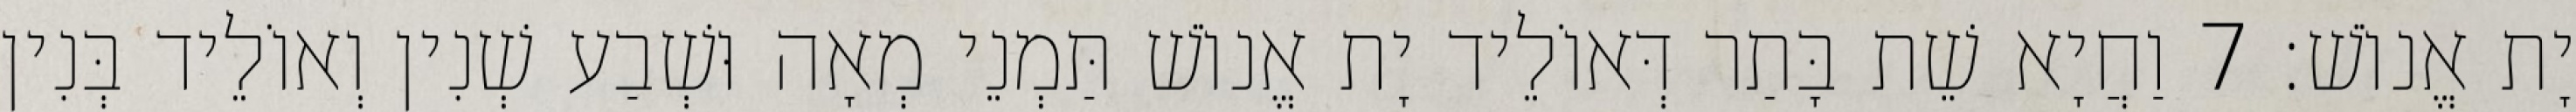
יָת אֱנוֹשׁ׃ 7 וַחֲיָא שֵׁת בָּתַר דְּאוֹלֵיד יָת אֱנוֹשׁ תַּמְנֵי מְאָה וּשְׁבַע שְׁנִין וְאוֹלֵיד בְּנִין